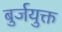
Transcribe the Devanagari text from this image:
बुर्जयुक्त